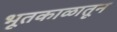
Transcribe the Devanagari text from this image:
भूतकाळातून